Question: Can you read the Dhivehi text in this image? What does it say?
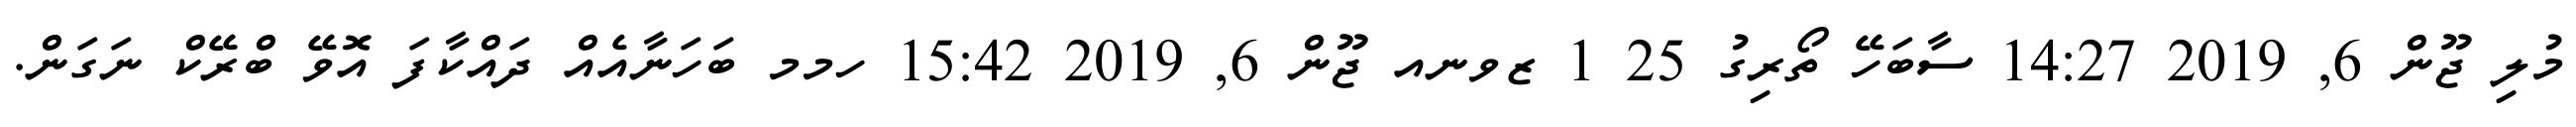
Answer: މުލި ޖޫން 6, 2019 14:27 ސާބަހޭ ތޯރިގު 25 1 ޒވނއ ޖޫން 6, 2019 15:42 ހމމ ބަހަނާއެއް ދައްކާފަ އޮވޭ ބްރޭކް ނަގަން.